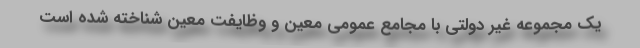
یک مجموعه غیر دولتی با مجامع عمومی معین و وظایفت معین شناخته شده است